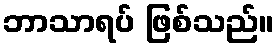
ဘာသာရပ် ဖြစ်သည်။